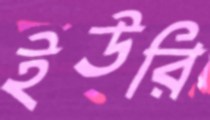
ইউরি